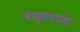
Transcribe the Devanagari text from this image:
वत्सराजा